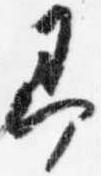
即